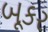
બૂકર